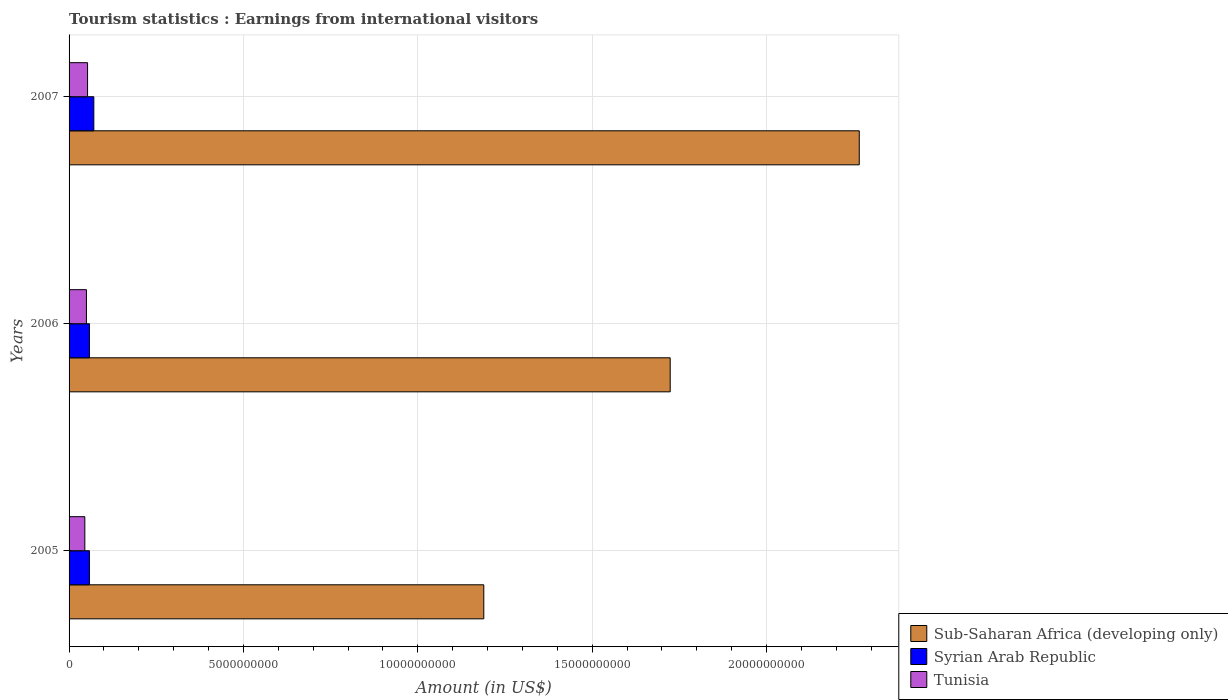
| Years | Sub-Saharan Africa (developing only) | Syrian Arab Republic | Tunisia |
 | --- | --- | --- | --- |
 | 2005 | 1.19e+10 | 5.84e+08 | 4.52e+08 |
 | 2006 | 1.72e+10 | 5.85e+08 | 4.98e+08 |
 | 2007 | 2.27e+10 | 7.1e+08 | 5.3e+08 |